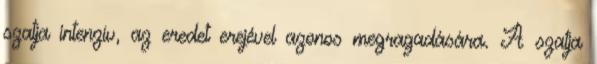
szatja intenzív, az eredet erejével azonos megragadására. A szatja